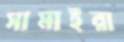
সামাইরা